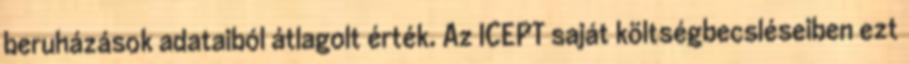
beruházások adataiból átlagolt érték. Az ICEPT saját költségbecsléseiben ezt